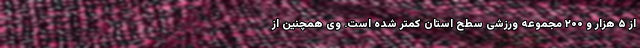
از ۵ هزار و ۲۰۰ مجموعه ورزشی سطح استان کمتر شده است. وی همچنین از